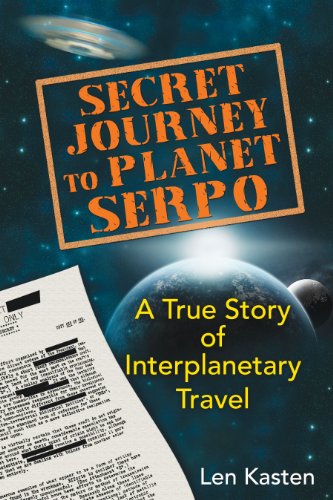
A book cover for Secret Journey to Planet Serpo: A True Story of Interplanetary Travel; Len Kasten; Science & Math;